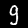
Label: 9